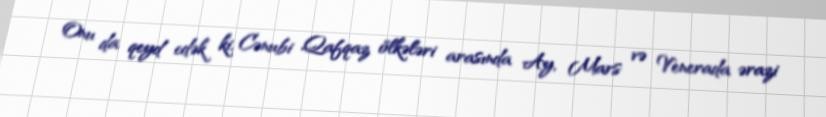
Onu da qeyd edək ki, Cənubi Qafqaz ölkələri arasında Ay, Mars və Venerada ərazi